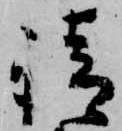
請